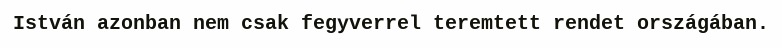
István azonban nem csak fegyverrel teremtett rendet országában.